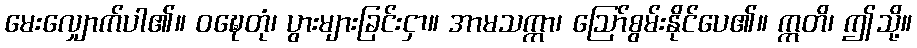
မေးလျှောက်ပါ၏။ ဝဍ္ဎေတုံ၊ ပွားများခြင်းငှာ။ အာမသက္ကာ၊ ဩော်စွမ်းနိုင်ပေ၏။ ဣတိ၊ ဤသို့။